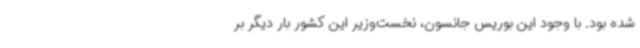
شده بود. با وجود این بوریس جانسون، نخست‌وزیر این کشور بار دیگر بر